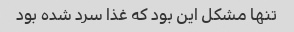
تنها مشکل این بود که غذا سرد شده بود